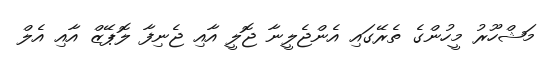
މަޝްހޫރު މީހުންގެ ތެރޭގައި އެންޖެލީނާ ޖޮލީ އާއި ޖެނިފާ ލޮޕޭޒް އާއި އެލް